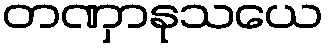
တဏှာနုသယေ